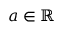
a \in \mathbb R